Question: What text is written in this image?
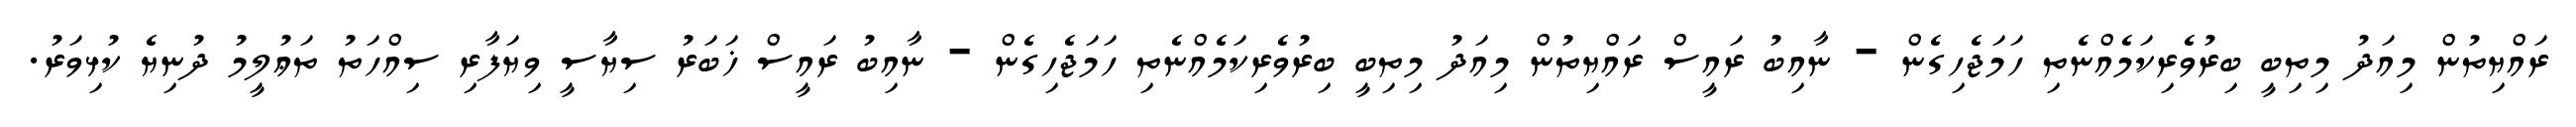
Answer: ރައްޔިތުން މިއަދު މިތިބީ ބިރުވެރިކަމެއްނެތި ހަމަޖެހިގެން - ނާއިބު ރައީސް ރައްޔިތުން މިއަދު މިތިބީ ބިރުވެރިކަމެއްނެތި ހަމަޖެހިގެން - ނާއިބު ރައީސް ޚަބަރު ސިޔާސީ ވިޔަފާރި ސިއްހަތު ތަޢުލީމު ދުނިޔެ ކުޅިވަރު.